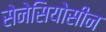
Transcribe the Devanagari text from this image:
सेनेसियोसीन